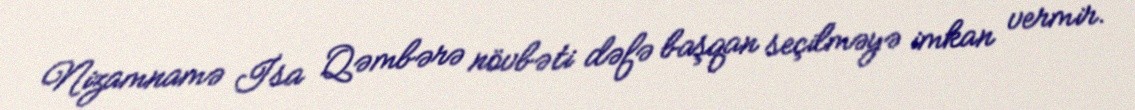
Nizamnamə İsa Qəmbərə növbəti dəfə başqan seçilməyə imkan vermir.